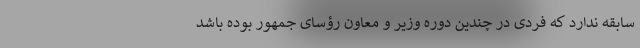
سابقه ندارد که فردی در چندین دوره وزیر و معاون رؤسای جمهور بوده باشد